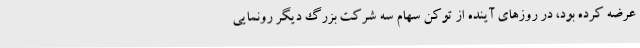
عرضه کرده بود، در روزهای آینده از توکن سهام سه شرکت بزرگ دیگر رونمایی